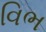
વિભ